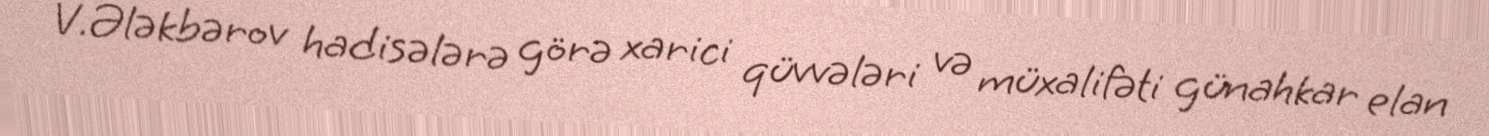
V.Ələkbərov hadisələrə görə xarici qüvvələri və müxalifəti günahkar elan